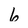
Character: 6